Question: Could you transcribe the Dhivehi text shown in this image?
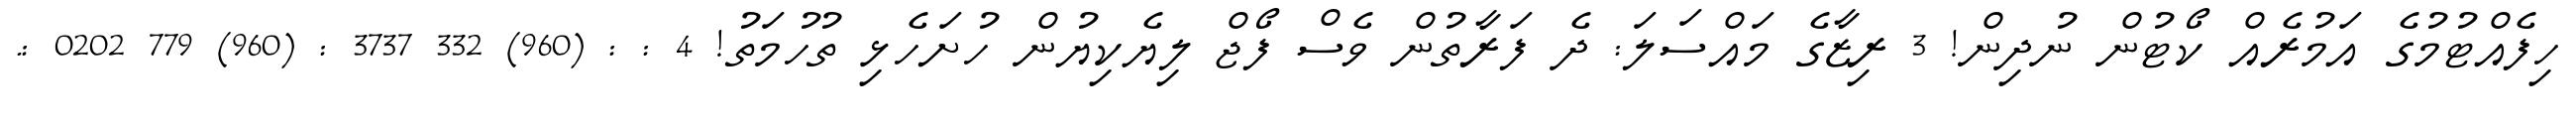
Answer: ހިފެއްޓުމުގެ އަމުރެއް ކޯޓުން ނުދިން! 3 ރިޒާގެ މައްސަލަ: ދެ ފަރާތުން ވެސް ފޯޖް ލިޔެކިޔުން ހުށަހެޅި ތުހުމަތު! 4 : : (960) 332 3737 : (960) 779 0202 :.